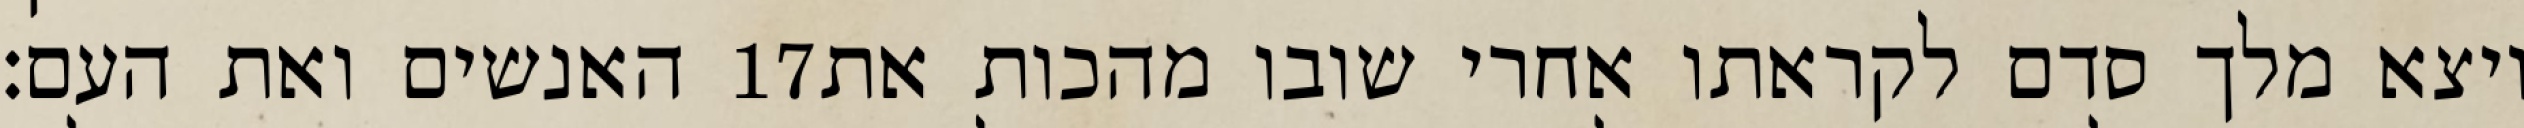
האנשים ואת העם׃ ‎17‏ ויצא מלך סדם לקראתו אחרי שובו מהכות את